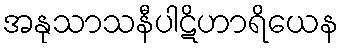
အနုသာသနီပါဋိဟာရိယေန